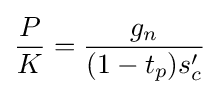
{\frac {P}{K}}={\frac {g_{n}}{(1-t_{p})s'_{c}}}